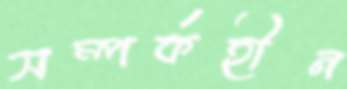
সম্পর্কহীন